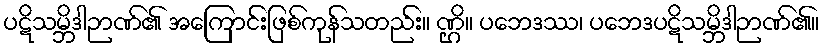
ပဋိသမ္ဘိဒါဉာဏ်၏ အကြောင်းဖြစ်ကုန်သတည်း။ ဏ္ဌိ။ ပဘေဒဿ၊ ပဘေဒပဋိသမ္ဘိဒါဉာဏ်၏။